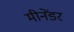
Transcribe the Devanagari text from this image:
मीनेंडर